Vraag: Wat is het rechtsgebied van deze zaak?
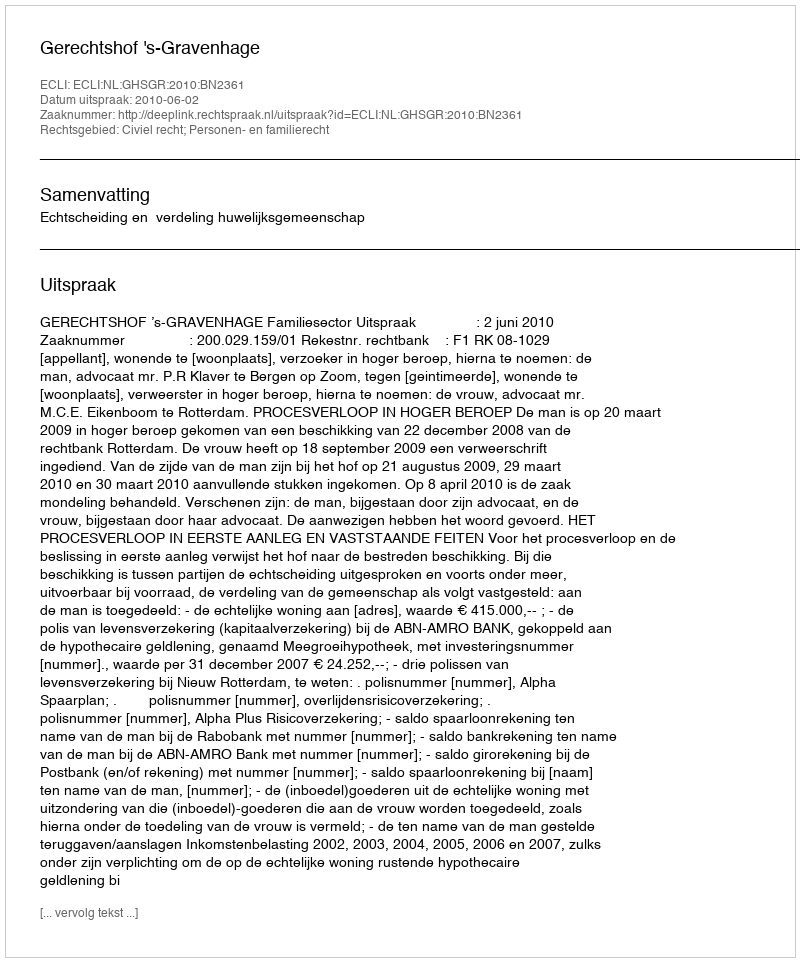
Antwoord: Civiel recht; Personen- en familierecht